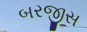
બરજીસ